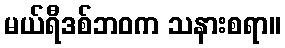
မယ်ရီဒစ်ဘဝက သနားစရာ။